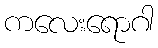
ကလေးရောဂါ